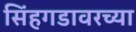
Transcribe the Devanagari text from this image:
सिंहगडावरच्या